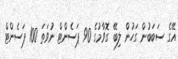
އޭގެ ސަބަބުން ގަހުން ލިބޭ ގޮވާމުގެ 90 ޕަސެންޓް ނުވަތަ 100 ޕަސެންޓް